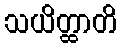
သယိတ္ထာတိ